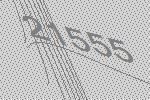
21555